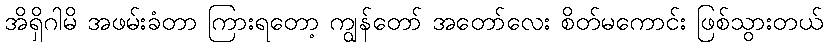
အိရှိဂါမိ အဖမ်းခံတာ ကြားရတော့ ကျွန်တော် အတော်လေး စိတ်မကောင်း ဖြစ်သွားတယ်